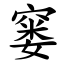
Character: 窭